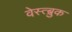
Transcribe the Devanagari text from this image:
वेस्त्ब्रुक